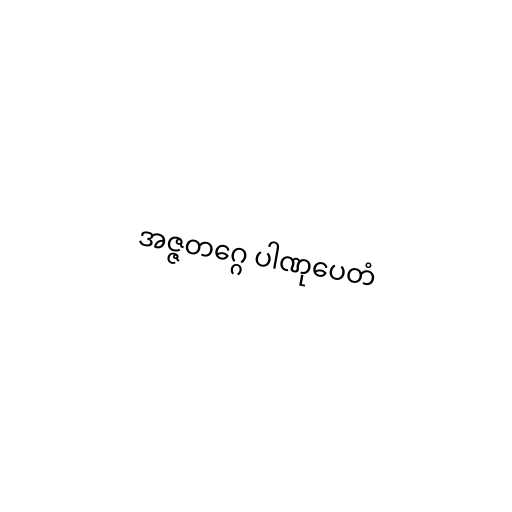
အဇ္ဇတဂ္ဂေ ပါဏုပေတံ